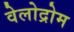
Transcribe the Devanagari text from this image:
वेलोद्रोम